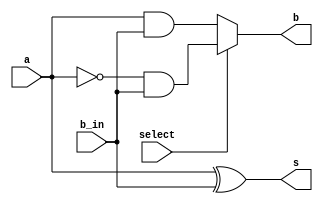
module Half_Adder_Subtractor (
    output reg s, // Sum
    output reg b, // Borrow or Difference
    input a,      // Operand A
    input b_in,   // Operand B or Borrow-in
    input select  // Select line (1 for subtraction, 0 for addition)
);

always@(a, b_in, select)
begin
    if (select == 1'b1) // Subtraction
    begin
        s= a ^ b_in; // Difference
        b = ~a & b_in;
    end
    else // Addition
    begin
        s= a ^ b_in; // Sum
        b = a & b_in; // Carry
    end
end

endmodule